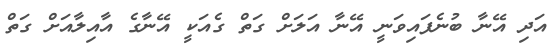
އަދި އޭނާ ބުނެފައިވަނީ އޭނާ އަލަށް ގަތް ގެއަކީ އޭނާގެ އާއިލާއަށް ގަތް